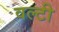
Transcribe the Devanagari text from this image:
वल्टी